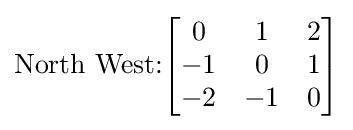
{\text{North West:}}{\begin{bmatrix}0&1&2\\-1&0&1\\-2&-1&0\end{bmatrix}}